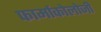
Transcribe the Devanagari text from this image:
फार्माकोलोजी